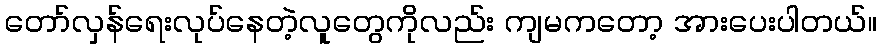
တော်လှန်ရေးလုပ်နေတဲ့လူတွေကိုလည်း ကျမကတော့ အားပေးပါတယ်။